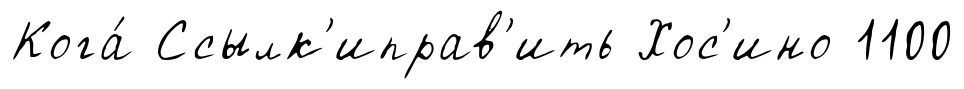
Кога́ Ссылк'иправ'ить Хос'ино 1100